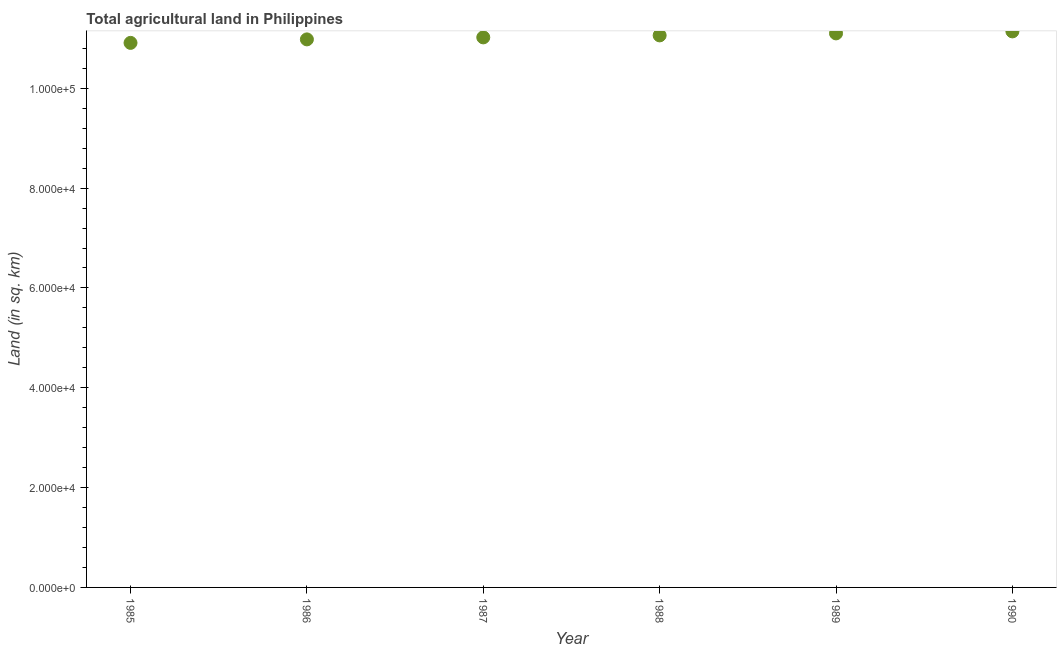
| Year | Agricultural land (sq. km) |
 | --- | --- |
 | 1985 | 1.09e+05 |
 | 1986 | 1.1e+05 |
 | 1987 | 1.1e+05 |
 | 1988 | 1.11e+05 |
 | 1989 | 1.11e+05 |
 | 1990 | 1.11e+05 |